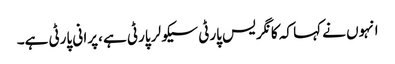
انہوں نے کہا کہ کا نگر یس پارٹی سیکو لر پارٹی ہے ،پرا نی پارٹی ہے۔